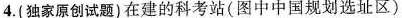
4.(独家原创试题)在建的科考站(图中中国规划选址区)